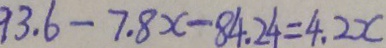
9 3 . 6 - 7 . 8 x - 8 4 . 2 4 = 4 . 2 x